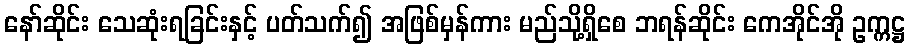
နော်ဆိုင်း သေဆုံးရခြင်းနှင့် ပတ်သက်၍ အဖြစ်မှန်ကား မည်သို့ရှိစေ ဘရန်ဆိုင်း ကေအိုင်အို ဥက္ကဋ္ဌ